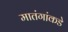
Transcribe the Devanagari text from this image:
मातंगांकडे